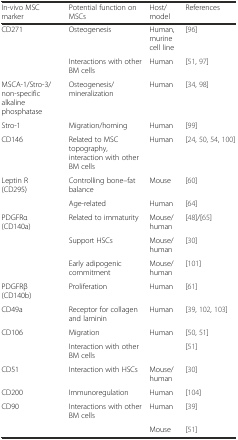
<table><thead><tr><td><b>In-vivo MSC marker</b></td><td><b>Potential function on MSCs</b></td><td><b>Host/model</b></td><td><b>References</b></td></tr></thead><tbody><tr><td>CD271</td><td>Osteogenesis</td><td>Human, murine cell line</td><td>[96]</td></tr><tr><td></td><td>Interactions with other BM cells</td><td>Human</td><td>[51, 97]</td></tr><tr><td>MSCA-1/Stro-3/non-specific alkaline phosphatase</td><td>Osteogenesis/mineralization</td><td>Human</td><td>[34, 98]</td></tr><tr><td>Stro-1</td><td>Migration/homing</td><td>Human</td><td>[99]</td></tr><tr><td>CD146</td><td>Related to MSC topography, interaction with other BM cells</td><td>Human</td><td>[24, 50, 54, 100]</td></tr><tr><td>Leptin R (CD295)</td><td>Controlling bone–fat balance</td><td>Mouse</td><td>[60]</td></tr><tr><td></td><td>Age-related</td><td>Human</td><td>[64]</td></tr><tr><td>PDGFRα (CD140a)</td><td>Related to immaturity</td><td>Mouse/human</td><td>[48]/[65]</td></tr><tr><td></td><td>Support HSCs</td><td>Mouse/human</td><td>[30]</td></tr><tr><td></td><td>Early adipogenic commitment</td><td>Mouse/human</td><td>[101]</td></tr><tr><td>PDGFRβ (CD140b)</td><td>Proliferation</td><td>Human</td><td>[61]</td></tr><tr><td>CD49a</td><td>Receptor for collagen and laminin</td><td>Human</td><td>[39, 102, 103]</td></tr><tr><td>CD106</td><td>Migration</td><td>Human</td><td>[50, 51]</td></tr><tr><td></td><td>Interaction with other BM cells</td><td></td><td>[51]</td></tr><tr><td>CD51</td><td>Interaction with HSCs</td><td>Mouse/human</td><td>[30]</td></tr><tr><td>CD200</td><td>Immunoregulation</td><td>Human</td><td>[104]</td></tr><tr><td>CD90</td><td>Interactions with other BM cells</td><td>Human</td><td>[39]</td></tr><tr><td></td><td></td><td>Mouse</td><td>[51]</td></tr></tbody></table>